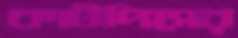
কাটপিসের